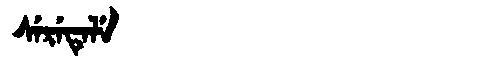
Manchu: ᠰᡝᡵᡝᡨᡝᠯᡝ
Romanization: SERETELE